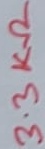
Text: 3.3KΩ